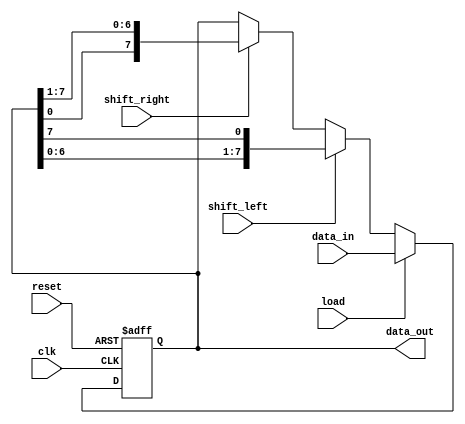
module shift_register (
    input wire clk,
    input wire reset,
    input wire load,
    input wire shift_left,
    input wire shift_right,
    input wire [7:0] data_in,
    output reg [7:0] data_out
);

reg [7:0] register_array;

always @(posedge clk or posedge reset) begin
    if (reset) begin
        register_array <= 8'h00;
    end else if (load) begin
        register_array <= data_in;
    end else begin
        if (shift_left) begin
            register_array <= {register_array[6:0], register_array[7]};
        end else if (shift_right) begin
            register_array <= {register_array[0], register_array[7:1]};
        end
    end
end

assign data_out = register_array;

endmodule